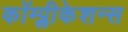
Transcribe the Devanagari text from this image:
कॉम्प्लीकेशन्स